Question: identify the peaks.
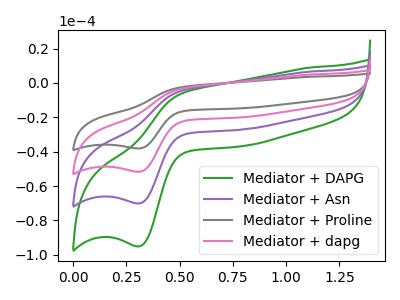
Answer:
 <answer>The green curve "Mediator + DAPG" has an anodic peak at (0.50V, -5.80uA) and a cathodic peak at (0.30V, -95.00uA). The purple curve "Mediator + Asn" has an anodic peak at (0.50V, -4.30uA) and a cathodic peak at (0.30V, -70.05uA). The gray curve "Mediator + Proline" has an anodic peak at (0.50V, -12.85uA) and a cathodic peak at (0.30V, -210.20uA). The pink curve "Mediator + dapg" has an anodic peak at (0.50V, -8.55uA) and a cathodic peak at (0.30V, -140.15uA).</answer>
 <eval></eval>